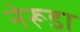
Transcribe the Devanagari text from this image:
नेरूडा